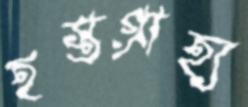
হস্তগ্রাহ্য